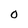
Character: O